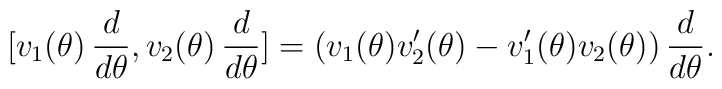
\big[v_1(\theta)\,\frac{d}{d\theta},v_2(\theta)\,\frac{d}{d\theta}\big]=\big(v_1(\theta)v'_2(\theta)-v'_1(\theta)v_2(\theta)\big)\,\frac{d}{d\theta}.